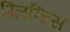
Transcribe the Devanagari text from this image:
ग्लिकिस